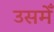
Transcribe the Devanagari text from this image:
उसमेँ